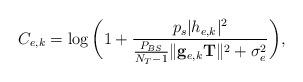
LaTeX: \begin{align*}C_{e,k} = \log \bigg( 1+ \frac{p_{s}|h_{e,k}|^{2}}{\frac{P_{BS}}{N_{T} - 1} \|\mathbf{g}_{e,k}\mathbf{T}\|^{2}+\sigma_{e}^{2}} \bigg),\end{align*}